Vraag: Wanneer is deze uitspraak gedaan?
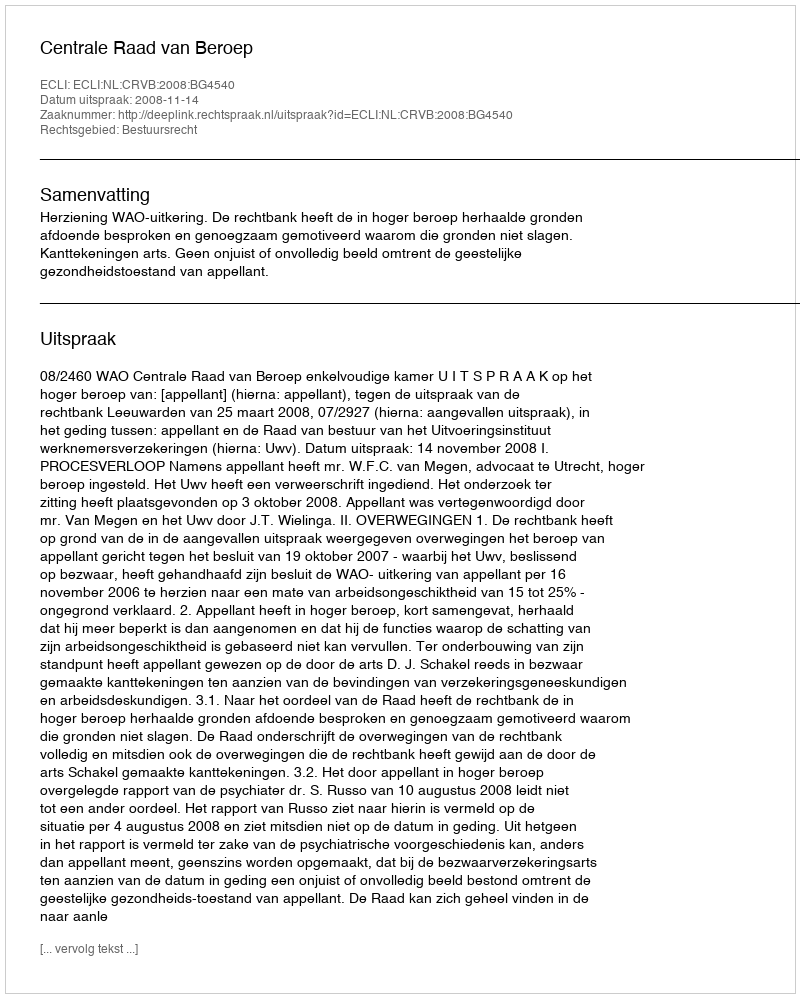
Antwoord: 2008-11-14